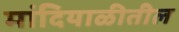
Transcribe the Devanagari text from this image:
मांदियाळीतील